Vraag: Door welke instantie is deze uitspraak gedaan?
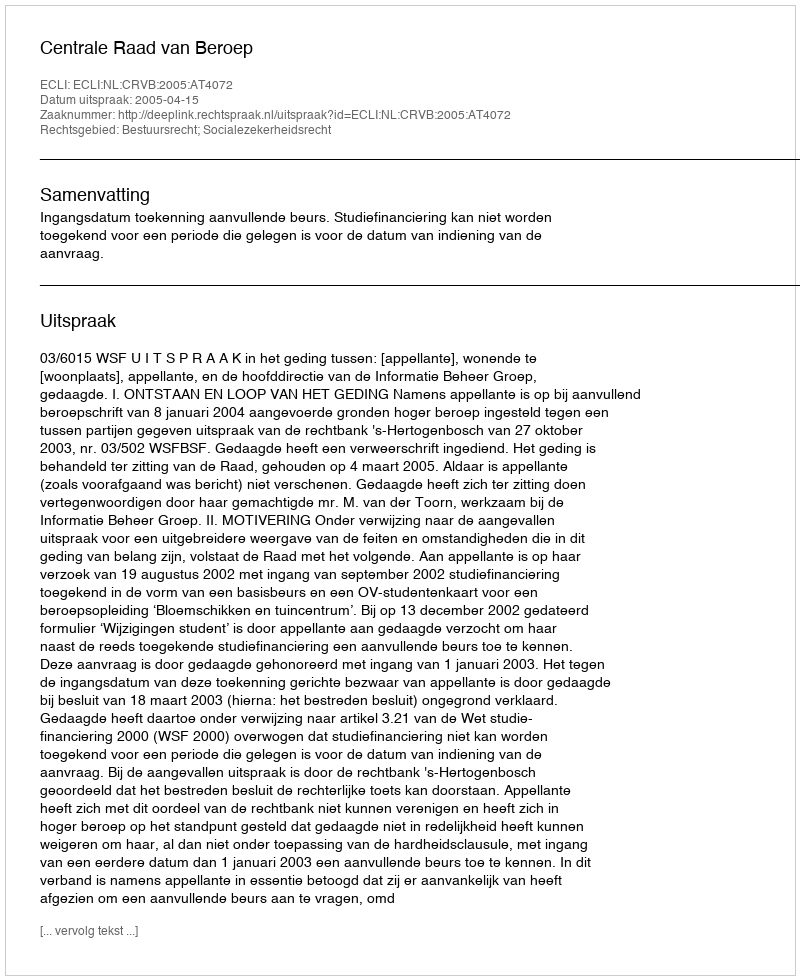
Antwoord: Centrale Raad van Beroep